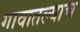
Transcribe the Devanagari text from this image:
गावातल्याच